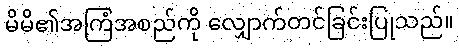
မိမိ၏အကြံအစည်ကို လျှောက်တင်ခြင်းပြုသည်။